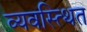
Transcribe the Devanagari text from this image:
व्यवस्त्थित